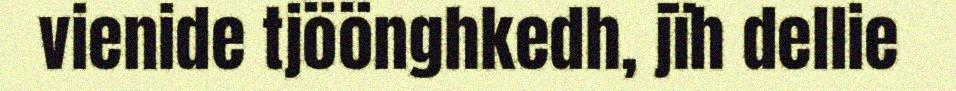
vienide tjöönghkedh, jïh dellie